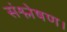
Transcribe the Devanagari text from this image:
संश्लेषण।